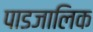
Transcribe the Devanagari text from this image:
पाडजालिक